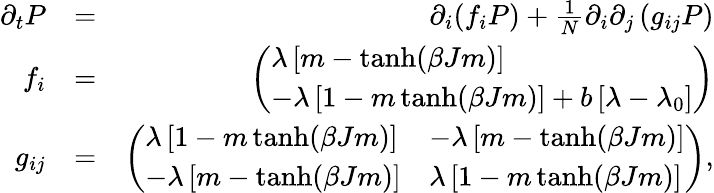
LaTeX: \begin{array}{rlr}{\partial_{t}P}&{=}&{\partial_{i}(f_{i}P)+\frac{1}{N}\partial_{i}\partial_{j}\left(g_{ij}P\right)}\\ {f_{i}}&{=}&{\left(\begin{array}{l}{\lambda\left[m-\operatorname{tanh}(\beta Jm)\right]}\\ {-\lambda\left[1-m\operatorname{tanh}(\beta Jm)\right]+b\left[\lambda-\lambda_{0}\right]}\end{array}\right)}\\ {g_{ij}}&{=}&{\left(\begin{array}{ll}{\lambda\left[1-m\operatorname{tanh}(\beta Jm)\right]}&{-\lambda\left[m-\operatorname{tanh}(\beta Jm)\right]}\\ {-\lambda\left[m-\operatorname{tanh}(\beta Jm)\right]}&{\lambda\left[1-m\operatorname{tanh}(\beta Jm)\right]}\end{array}\right),}\end{array}